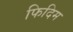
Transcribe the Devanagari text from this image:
फिदिम